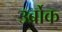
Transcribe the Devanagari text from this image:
उर्ब्रोक